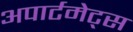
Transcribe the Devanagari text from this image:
अपार्टमेट्स